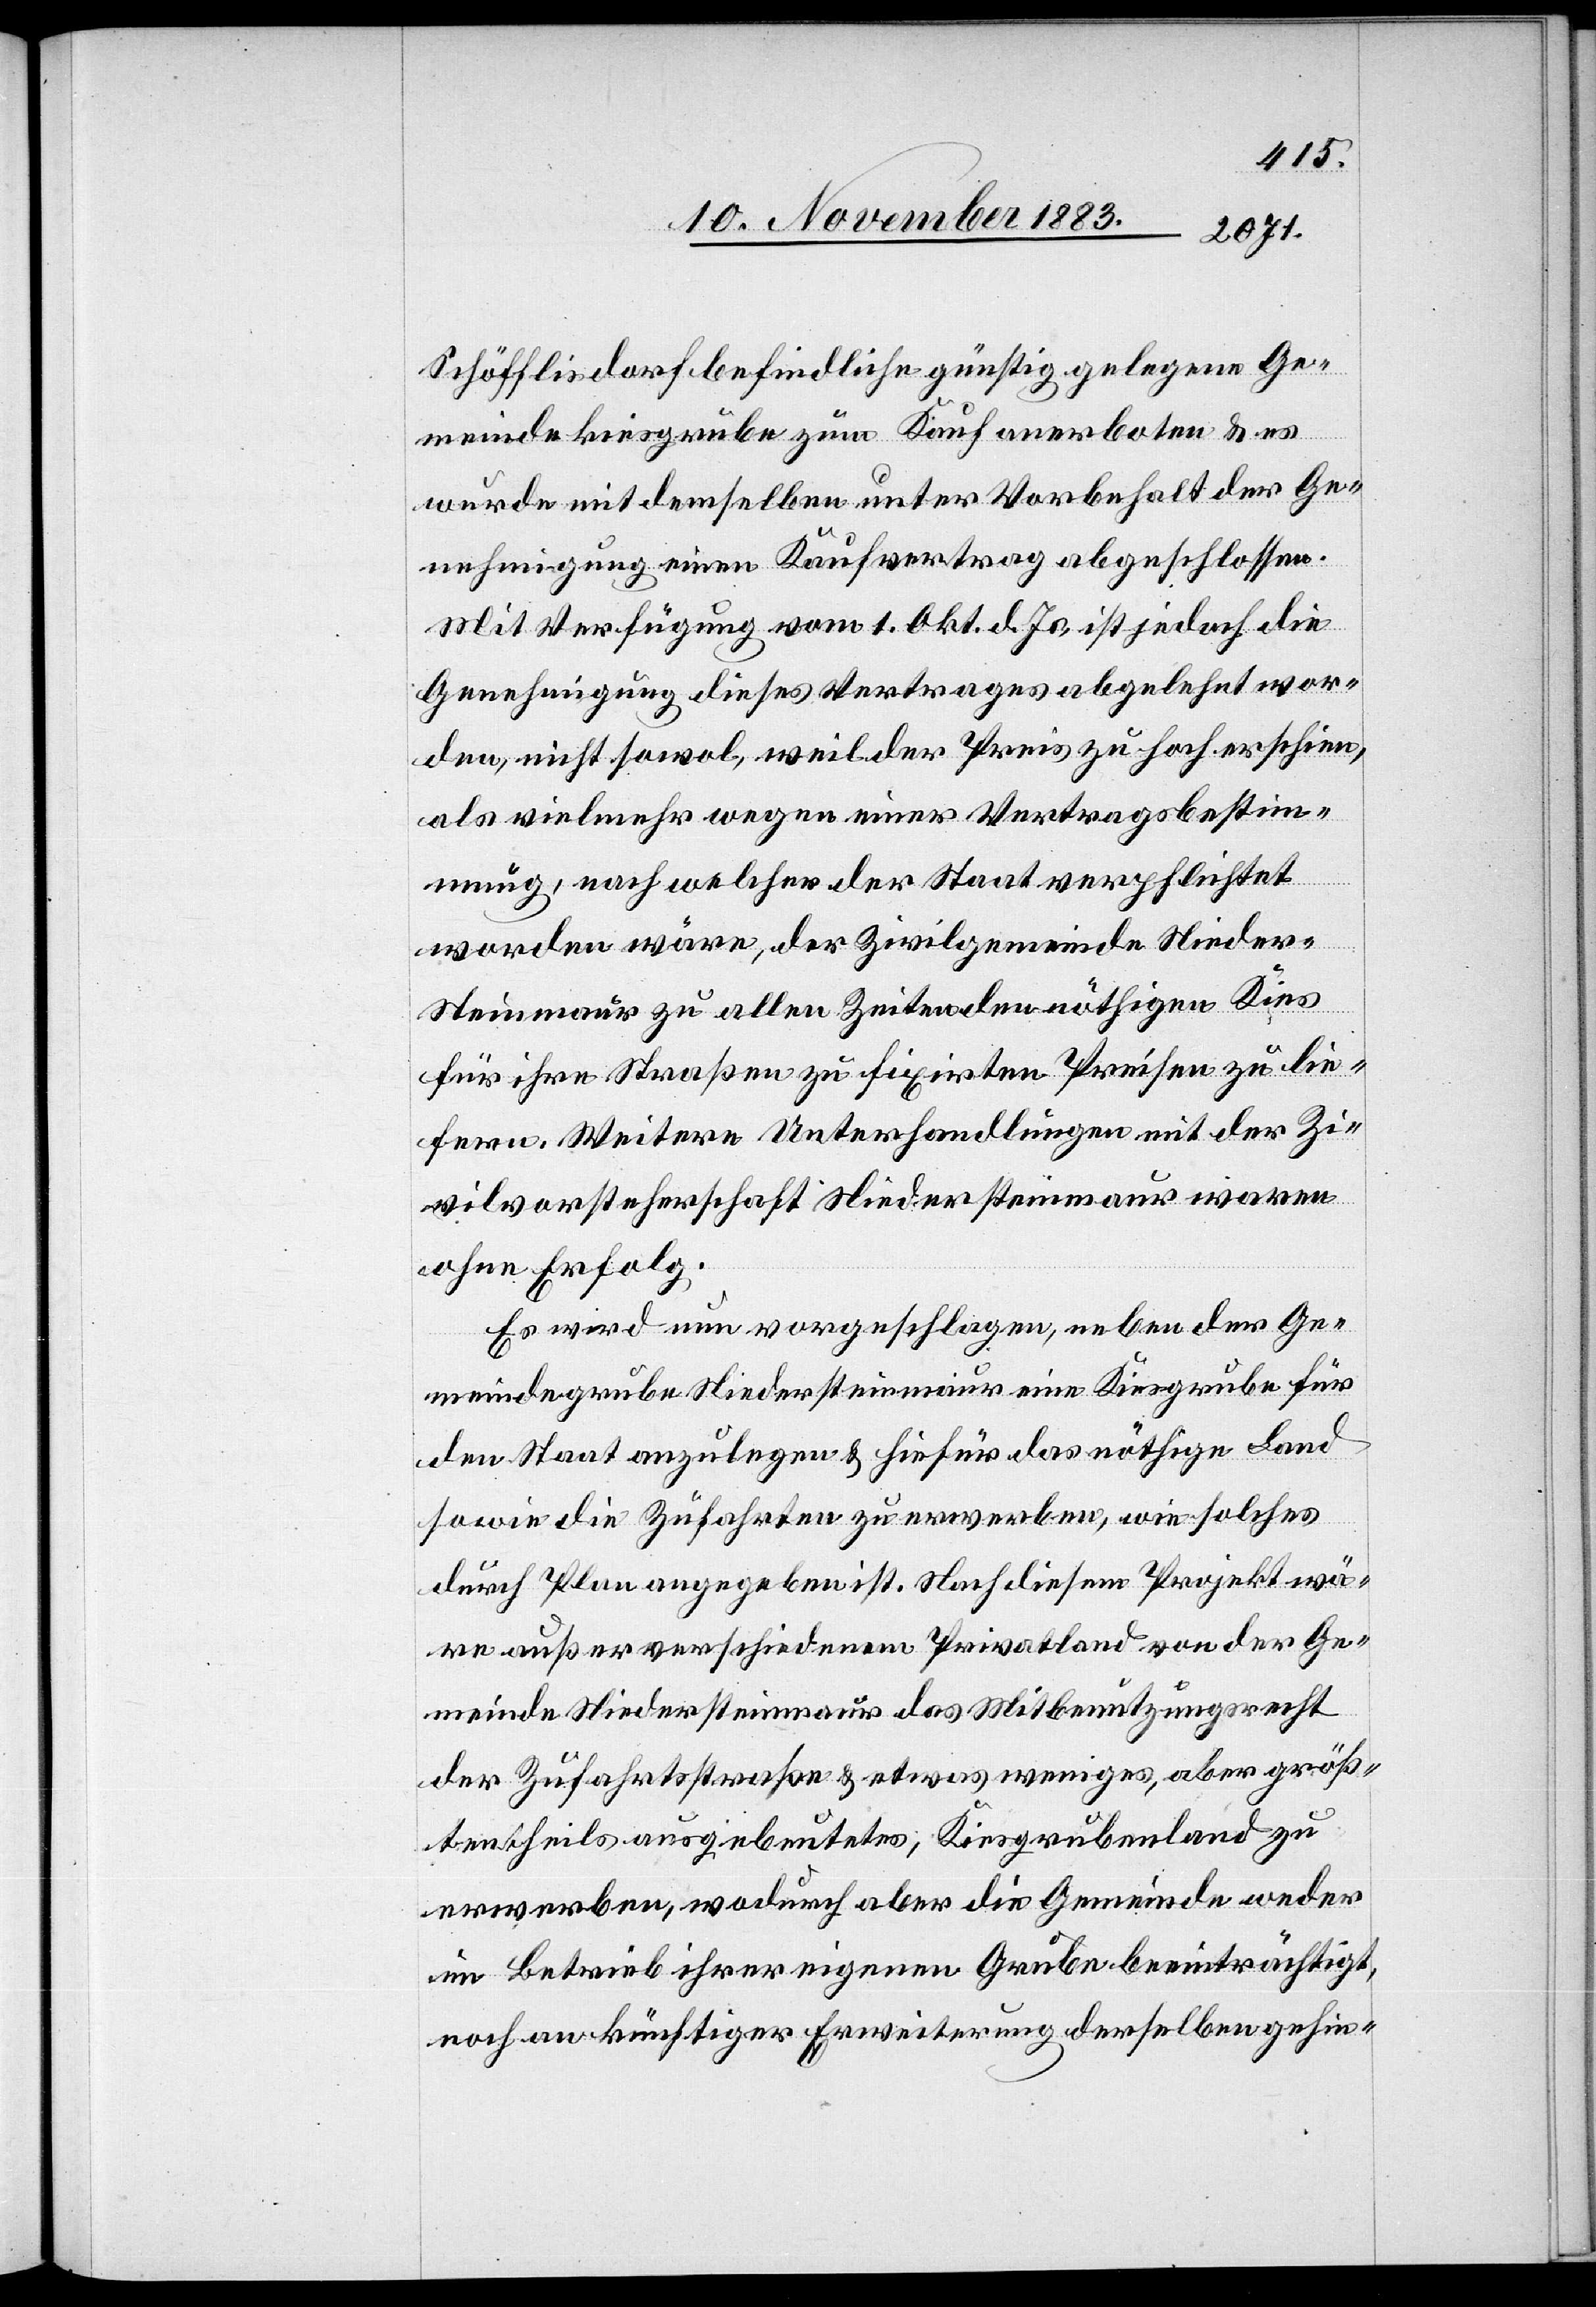
Schöfflisdorf befindliche günstig gelegene Ge¬
meindekiesgrube zum Kauf anerboten & es
wurde mit demselben unter Vorbehalt der Ge¬
nehmigung einen Kaufvertrag abgeschlossen.
Mit Verfügung vom 1. Okt. d. Js. , ist jedoch die
Genehmigung dieses Vertrages abgelehnt wor¬
den, nicht sowol, weil der Preis zu hoch erschien,
als vielmehr wegen einer Vertragsbestim¬
mung, nach welcher der Staat verpflichtet
worden wäre, der Zivilgemeinde Nieder-S¬
teinmaur zu allen Zeiten den nöthigen Kies
für ihre Straßen zu fixirten Preisen zu lie¬
fern. Weitere Unterhandlungen mit der Zi¬
vilvorsteherschaft Niedersteinmaur waren
ohne Erfolg.
Es wird nun vorgeschlagen, neben der Ge¬
meindegrube Niedersteinmaur eine Kiesgrube für
den Staat anzulegen & hiefür das nöthige Land
sowie die Zufahrten zu erwerben, wie solches
durch Plan angegeben ist. Nach diesem Projekt wä¬
re außer verschiedenem Privatland von der Ge¬
meinde Niedersteinmaur das Mitbenutzungsrecht
der Zufahrtsstraßen & etwas weniger, aber größ¬
tentheils ausgebeutetes, Kiesgrubenland zu
erwerben, wodurch aber die Gemeinde weder
im Betrieb ihrer eigenen Gruben beeinträchtigt,
noch an künftiger Erweiterung derselben gehin-